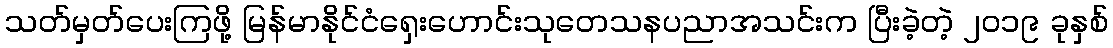
သတ်မှတ်ပေးကြဖို့ မြန်မာနိုင်ငံရှေးဟောင်းသုတေသနပညာအသင်းက ပြီးခဲ့တဲ့ ၂၀၁၉ ခုနှစ်